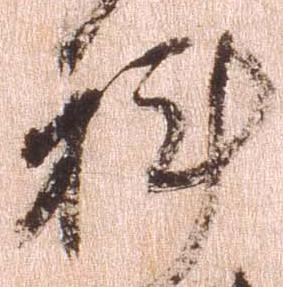
科